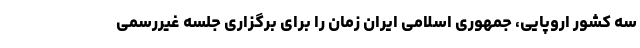
سه کشور اروپایی، جمهوری اسلامی ایران زمان را برای برگزاری جلسه غیررسمی